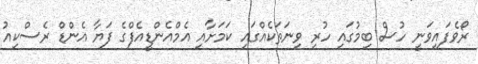
ރޯވެފައިވަނީ ހުސް ބިމުގައި ހުރި ވިނަތަކެއްގައި ކަމަށާއި އެމްއެންޑީއެފްގެ ފަޔާ އެންޑް ރެސްކިއު